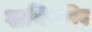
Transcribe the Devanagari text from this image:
खनिजविद